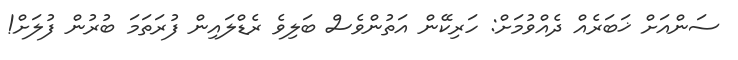
ސަންއަށް ޚަބަރެއް ދެއްވުމަށް: ހަރިކޭން އަތުންވެސް ބަލިވެ ރެޑްލައިން ފުރަތަމަ ބުރުން ފުލަށް!